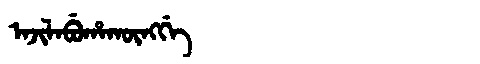
Manchu: ᠠᠵᡳᠯᠠᠪᡠᡥᠠᡴᡡᠩᡤᡝ
Romanization: AJILABUHAKŪNGGE